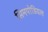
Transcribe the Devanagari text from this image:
सिमपोडियल